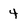
Character: 4